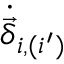
\dot { \vec { \delta } } _ { i , ( i ^ { \prime } ) }